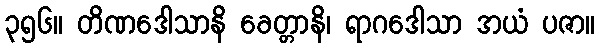
၃၅၆။ တိဏဒေါသာနိ ခေတ္တာနိ၊ ရာဂဒေါသာ အယံ ပဇာ။